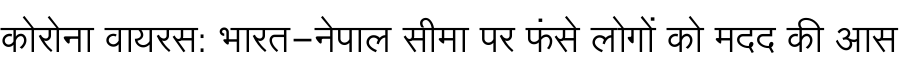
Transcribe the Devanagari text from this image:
कोरोना वायरस: भारत-नेपाल सीमा पर फंसे लोगों को मदद की आस